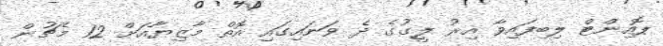
ޕޮއިންޓް ލިބިފައިވާ އިރު ލީގުގެ ދެ ވަނައިގައި އޮތް މާޒިޔާއަށް 12 މެޗުން